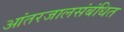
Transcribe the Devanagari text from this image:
आंतरजालसंबंधित